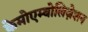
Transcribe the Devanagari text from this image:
केमोएम्बोलिज़ेशन